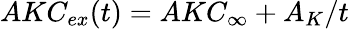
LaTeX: AKC_{ex}(t)=AKC_{\infty}+A_{K}/t